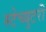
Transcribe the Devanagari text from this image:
स्टेच्युटरी